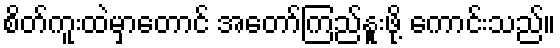
စိတ်ကူးထဲမှာတောင် အတော်ကြည်နူးဖို့ ကောင်းသည်။